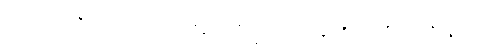
ဥဒကံ၊ ရေကို။ ဒဒေယျ၊ ပေးရာ၏။ ဘိက္ခဝေ၊ ရဟန်းတို့။ ဧဝဉှိ၊ ဤသို့လျှင်။